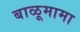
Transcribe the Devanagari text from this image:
बाळूमामा